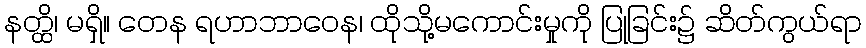
နတ္ထိ၊ မရှိ။ တေန ရဟာဘာဝေန၊ ထိုသို့မကောင်းမှုကို ပြုခြင်း၌ ဆိတ်ကွယ်ရာ